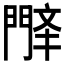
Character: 𫔤